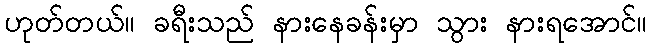
ဟုတ်တယ်။ ခရီးသည် နားနေခန်းမှာ သွား နားရအောင်။